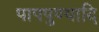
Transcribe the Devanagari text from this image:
पापपुण्यादि